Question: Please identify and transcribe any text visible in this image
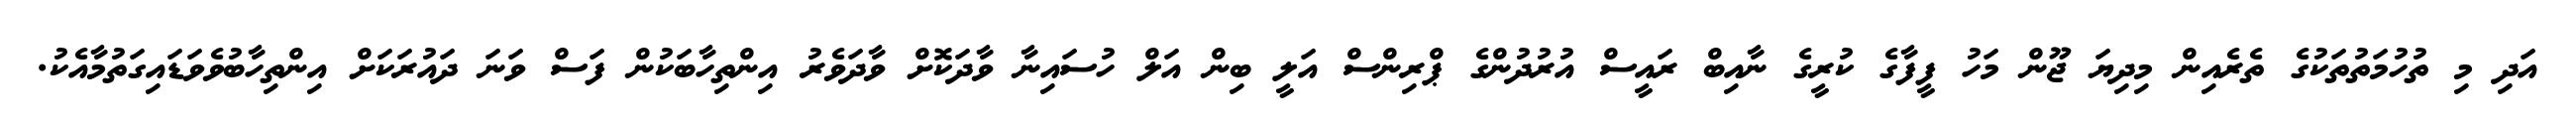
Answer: އަދި މި ތުހުމަތުތަކުގެ ތެރެއިން މިދިޔަ ޖޫން މަހު ފީފާގެ ކުރީގެ ނާއިބް ރައީސް އުރުދުންގެ ޕްރިންސް އަލީ ބިން އަލް ހުސައިނާ ވާދަކޮށް ވާދަވެރު އިންތިހާބަކުން ފަސް ވަނަ ދައުރަކަށް އިންތިހާބުވެވަޑައިގަތުމާއެކު.